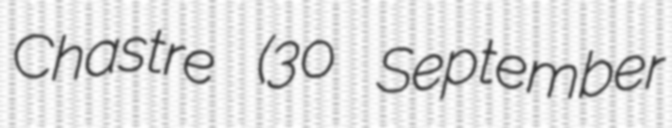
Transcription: Chastre (30 September